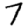
Digit: 7